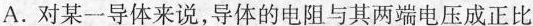
A.对某一导体来说，导体的电阻与其两端电压成正比